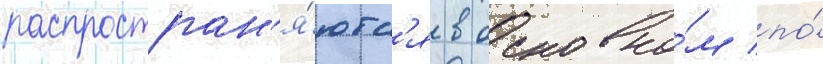
распростран'я́ютс'я в основно́м по́